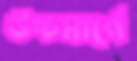
উচ্চমার্গে